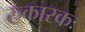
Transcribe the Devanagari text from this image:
रुकारकः